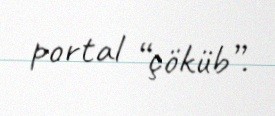
portal “çöküb”.